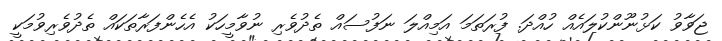
ޖަވާވު ކަޅުނޫންކުލައެއް ހުއްދަ. ފުރަތަމަ އަމިއްލަ ނަފުސައް ތެދުވެރި ނުވާމީހަކު އެހެންފަރާތަކައް ތެދުވެރިވުމަކީ